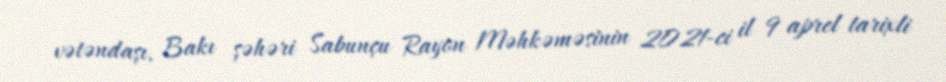
vətəndaşı, Bakı şəhəri Sabunçu Rayon Məhkəməsinin 2021-ci il 9 aprel tarixli